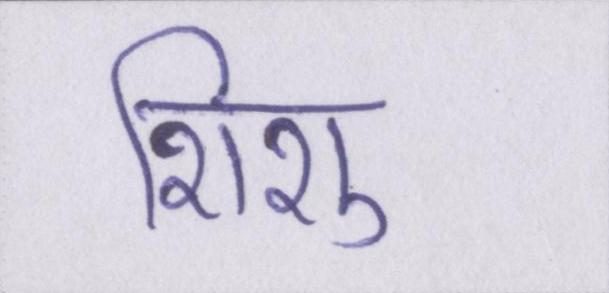
शिशु